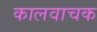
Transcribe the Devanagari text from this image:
कालवाचक